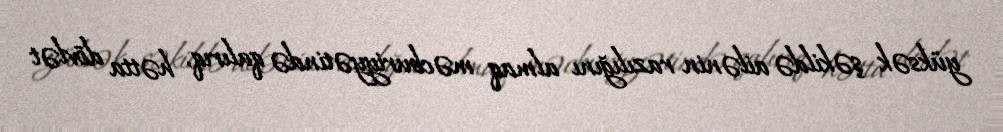
yüksək şəkildə ailənin razılığını almaq məcburiyyətində qalırıq, hətta dövlət